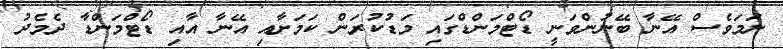
ނަމަވެސް އޭނާ ބޭނުންވަނީ ޑޯޓްމަންޑްގައި މަޑުކުރަން ކަމަށާއި އޭނާ އާއި ޑޯޓްމަންޑާ ދެމެދު